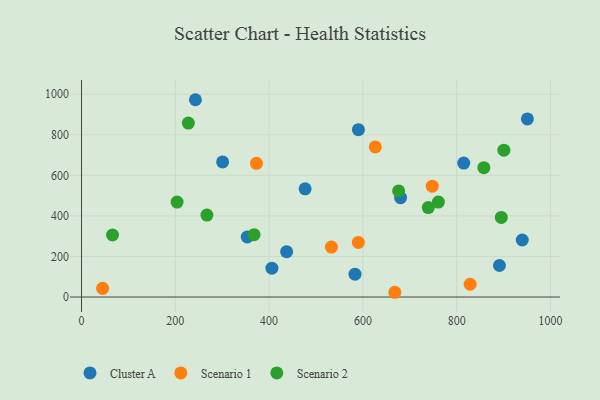
{"axis": {"x": "Ad Spend", "y": "Profit"}, "legend": ["Cluster A", "Scenario 1", "Scenario 2"], "data": [{"x": "406.0", "y": 142.1, "type": "Cluster A"}, {"x": "680.4", "y": 489.9, "type": "Cluster A"}, {"x": "891.3", "y": 155.4, "type": "Cluster A"}, {"x": "476.8", "y": 533.5, "type": "Cluster A"}, {"x": "939.9", "y": 281.2, "type": "Cluster A"}, {"x": "583.2", "y": 112.4, "type": "Cluster A"}, {"x": "815.1", "y": 660.2, "type": "Cluster A"}, {"x": "437.4", "y": 223.8, "type": "Cluster A"}, {"x": "590.5", "y": 824.9, "type": "Cluster A"}, {"x": "950.8", "y": 878.0, "type": "Cluster A"}, {"x": "242.9", "y": 972.8, "type": "Cluster A"}, {"x": "300.9", "y": 666.2, "type": "Cluster A"}, {"x": "353.4", "y": 295.9, "type": "Cluster A"}, {"x": "532.9", "y": 246.3, "type": "Scenario 1"}, {"x": "668.2", "y": 23.4, "type": "Scenario 1"}, {"x": "590.3", "y": 269.2, "type": "Scenario 1"}, {"x": "373.1", "y": 659.0, "type": "Scenario 1"}, {"x": "626.4", "y": 739.9, "type": "Scenario 1"}, {"x": "748.0", "y": 546.7, "type": "Scenario 1"}, {"x": "45.0", "y": 42.8, "type": "Scenario 1"}, {"x": "828.7", "y": 62.9, "type": "Scenario 1"}, {"x": "227.8", "y": 857.9, "type": "Scenario 2"}, {"x": "900.7", "y": 724.1, "type": "Scenario 2"}, {"x": "739.5", "y": 440.9, "type": "Scenario 2"}, {"x": "761.0", "y": 468.2, "type": "Scenario 2"}, {"x": "267.4", "y": 404.2, "type": "Scenario 2"}, {"x": "858.0", "y": 637.8, "type": "Scenario 2"}, {"x": "66.1", "y": 305.8, "type": "Scenario 2"}, {"x": "203.8", "y": 468.2, "type": "Scenario 2"}, {"x": "367.9", "y": 307.5, "type": "Scenario 2"}, {"x": "676.2", "y": 523.3, "type": "Scenario 2"}, {"x": "895.2", "y": 392.4, "type": "Scenario 2"}]}